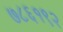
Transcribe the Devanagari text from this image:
७८६१९२